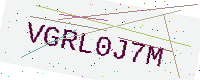
Text: VGRL0J7M